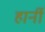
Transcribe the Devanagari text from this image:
हार्नी